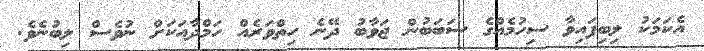
އެކަމަކު ލިބިފައިވާ ސިހުމެއްގެ ސަބަބުން ޖަވާބު ދޭނެ ހިތްވަރެއް ހަމްދާއަކަށް ނުވެސް ލިބުނެވެ.